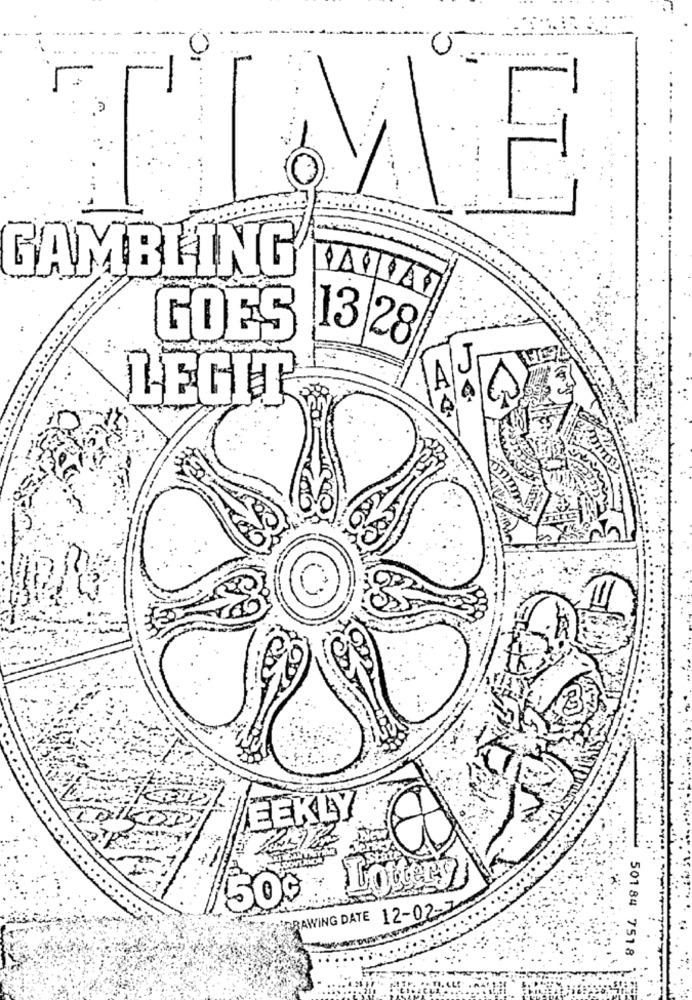
LL
GAMBLING
GOES
13 28
LEGIT
EEKLY
12-02-7
BAWING DATE
501 84 7518